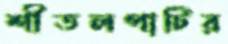
শীতলপাটির